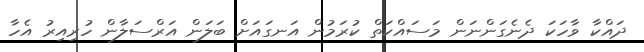
ދައްކާ ވާހަކަ ދެނެގަންނަން މަސައްކަތް ކުރަމުން އަނގައަށް ބަލަން އަރްސަލާން ހުރިއިރު އެހާ